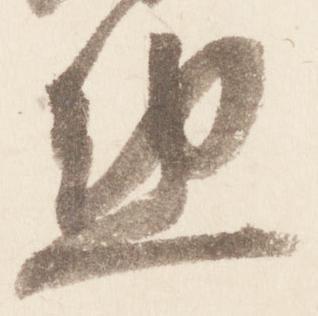
懃